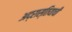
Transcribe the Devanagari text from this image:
अद्रास्तियाची